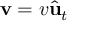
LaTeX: \mathbf { v } = v { \hat { \mathbf { u } } } _ { t }